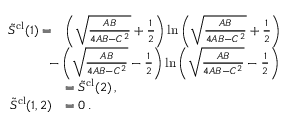
\begin{array} { r l } { \tilde { S } ^ { \mathrm { c l } } ( 1 ) = } & { \left( \sqrt { \frac { A B } { 4 A B - C ^ { 2 } } } + \frac { 1 } { 2 } \right) \ln \left( \sqrt { \frac { A B } { 4 A B - C ^ { 2 } } } + \frac { 1 } { 2 } \right) } \\ & { \! \! \! \! \! \! \! - \left( \sqrt { \frac { A B } { 4 A B - C ^ { 2 } } } - \frac { 1 } { 2 } \right) \ln \left( \sqrt { \frac { A B } { 4 A B - C ^ { 2 } } } - \frac { 1 } { 2 } \right) } \\ & { = \tilde { S } ^ { \mathrm { c l } } ( 2 ) \, , } \\ { \tilde { S } ^ { \mathrm { c l } } ( 1 , 2 ) } & { = 0 \, . } \end{array}